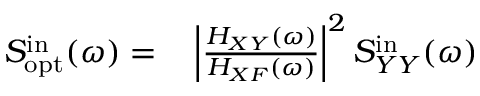
\begin{array} { r l } { S _ { \mathrm { o p t } } ^ { \mathrm { i n } } ( \omega ) = } & { { } \left| \frac { H _ { X Y } ( \omega ) } { H _ { X F } ( \omega ) } \right| ^ { 2 } S _ { Y Y } ^ { \mathrm { i n } } ( \omega ) } \end{array}